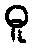
ဓူ